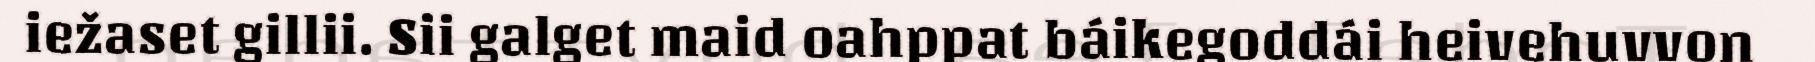
iežaset gillii. Sii galget maid oahppat báikegoddái heivehuvvon